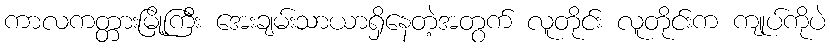
ကာလကတ္တားမြို့ကြီး အေးချမ်းသာယာရှိနေတဲ့အတွက် လူတိုင်း လူတိုင်းက ကျုပ်ကိုပဲ